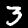
Label: 3